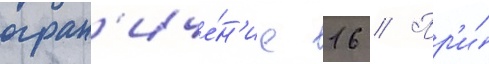
огран'иче́н'ие 16 // Пр'и́